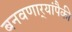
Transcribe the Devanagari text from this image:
बनवणार्‍यांपैकी